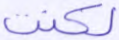
لكنت